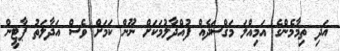
އަދި ތިމާމެންގެ އަމިއްލަ މަޤްސަދެއް ފުއްދާލުމަކަށް ނޫން ކަމަށް ވެސް އަދާލަތު ޕާޓީން